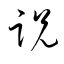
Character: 説